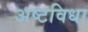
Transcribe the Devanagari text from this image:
अष्टविधा